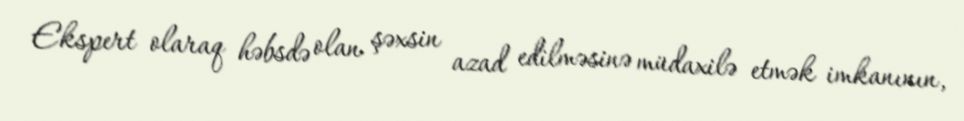
Ekspert olaraq həbsdə olan şəxsin azad edilməsinə müdaxilə etmək imkanının,